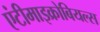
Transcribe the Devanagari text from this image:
एंटीमाइक्रोबियल्स